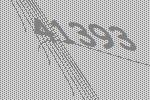
41393